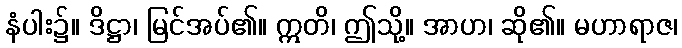
နံပါး၌။ ဒိဋ္ဌာ၊ မြင်အပ်၏။ ဣတိ၊ ဤသို့။ အာဟ၊ ဆို၏။ မဟာရာဇ၊